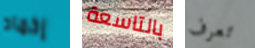
إخماد بالتاسعة تعرف